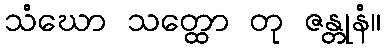
သံဃော သတ္ထော တု ဇန္တုနံ။